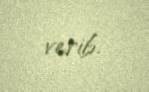
verib.